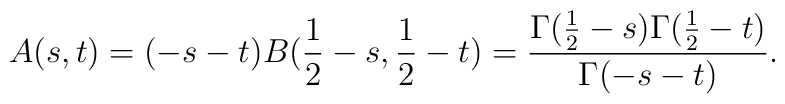
A(s,t) = (-s-t)B(\frac{1}{2}-s,\frac{1}{2}-t) =\frac{\Gamma(\frac{1}{2}-s)\Gamma(\frac{1}{2}-t)}{\Gamma(-s-t)}.